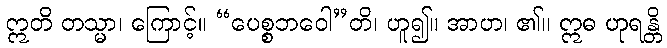
ဣတိ တသ္မာ၊ ကြောင့်။ “ပေစ္စဘဝေါ”တိ၊ ဟူ၍။ အာဟ၊ ၏။ ဣဓ ဟုရန္တိ